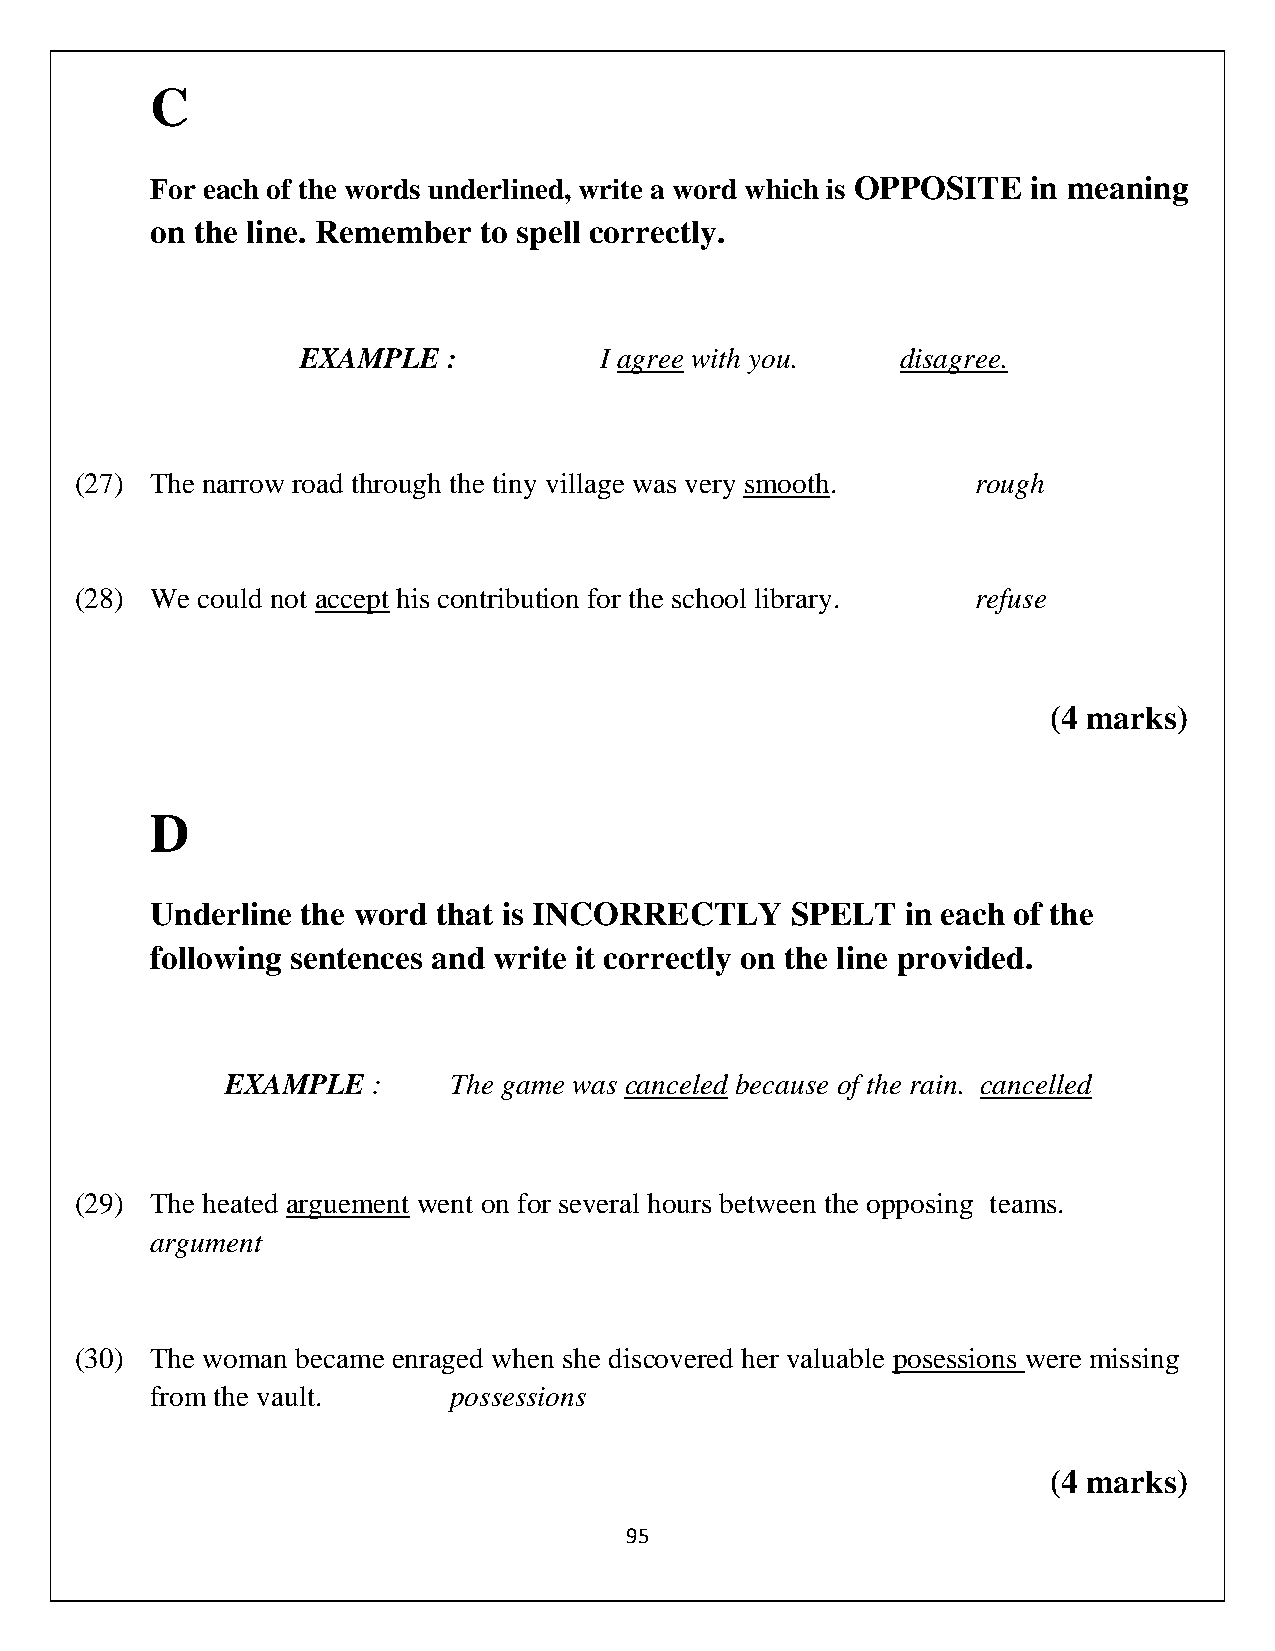
C
 For each of the words underlined, write a word which is OPPOSITE in meaning
 on the line. Remember to spell correctly.
 EXAMPLE   :         I agree with you.   disagree.
 (27) The narrow road through the tiny village was very smooth. rough
 (28) We could not accept his contribution for the school library. refuse
 (4 marks)
 D
 Underline the word that is INCORRECTLY    SPELT   in each of the
 following sentences and write it correctly on the line provided.
 EXAMPLE   :    The game was canceled because of the rain. cancelled
 (29) The heated arguement went on for several hours between the opposing teams.
 argument
 (30) The woman became enraged when she discovered her valuable posessions were missing
 from the vault.     possessions
 (4 marks)
 95